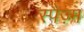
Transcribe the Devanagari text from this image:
स्पैज़्म